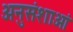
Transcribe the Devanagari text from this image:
अनुसंशाओं